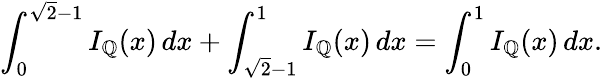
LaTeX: \int_{0}^{{\sqrt{2}}-1}I_{\mathbb{Q}}(x)\, dx+\int_{{\sqrt{2}}-1}^{1}I_{\mathbb{Q}}(x)\, dx=\int_{0}^{1}I_{\mathbb{Q}}(x)\, dx.